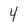
Character: 4